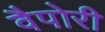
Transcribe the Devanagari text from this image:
वैपोरी